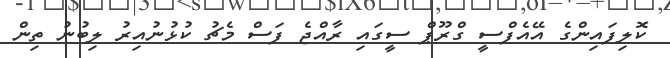
ކޮލިފައިންގެ އޭއެފްސީ ގްރޫޕް ސީގައި ރާއްޖެ ފަސް މެޗު ކުޅުނުއިރު ލިބުނު ތިން